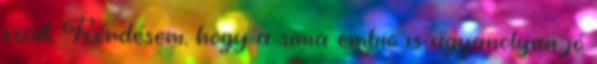
vizet Kérdésem, hogy a sima embio is ugyanolyan jó